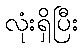
လုံးရှိပြီး